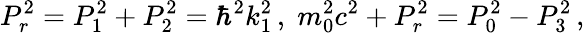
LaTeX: P_{r}^{2}=P_{1}^{2}+P_{2}^{2}=\hbar^{2}k_{1}^{2}\, ,\; m_{0}^{2}c^{2}+P_{r}^{2}=P_{0}^{2}-P_{3}^{2}\, ,